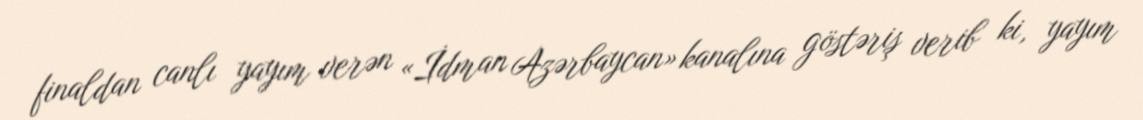
finaldan canlı yayım verən «İdman Azərbaycan» kanalına göstəriş verib ki, yayım